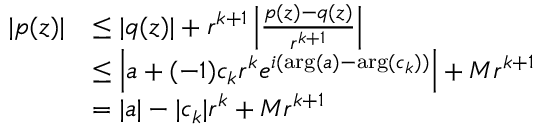
{ \begin{array} { r l } { | p ( z ) | } & { \leq | q ( z ) | + r ^ { k + 1 } \left| { \frac { p ( z ) - q ( z ) } { r ^ { k + 1 } } } \right| } \\ & { \leq \left| a + ( - 1 ) c _ { k } r ^ { k } e ^ { i ( \arg ( a ) - \arg ( c _ { k } ) ) } \right| + M r ^ { k + 1 } } \\ & { = | a | - | c _ { k } | r ^ { k } + M r ^ { k + 1 } } \end{array} }